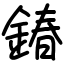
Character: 𨩃